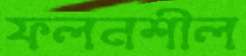
ফলনশীল